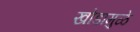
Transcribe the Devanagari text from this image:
खोडामुळे